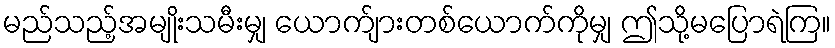
မည်သည့်အမျိုးသမီးမျှ ယောက်ျားတစ်ယောက်ကိုမျှ ဤသို့မပြောရဲကြ။